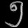
Digit: ၅